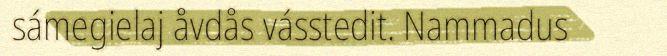
sámegielaj åvdås vásstedit. Nammadus